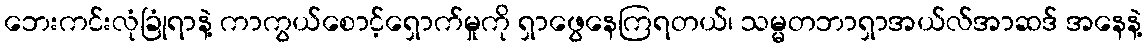
ဘေးကင်းလုံခြုံရာနဲ့ ကာကွယ်စောင့်ရှောက်မှုကို ရှာဖွေနေကြရတယ်၊ သမ္မတဘာရှာအယ်လ်အာဆဒ် အနေနဲ့